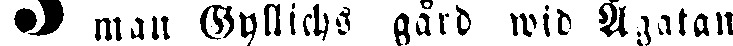
man Gyllichs gård wid Ågatan.